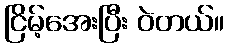
ငြိမ့်အေးပြီး ဝဲတယ်။